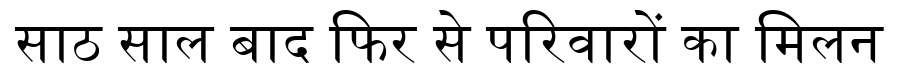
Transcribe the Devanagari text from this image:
साठ साल बाद फिर से परिवारों का मिलन